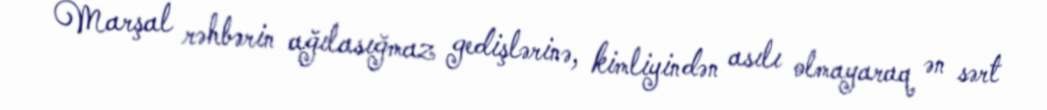
Marşal rəhbərin ağılasığmaz gedişlərinə, kimliyindən asılı olmayaraq ən sərt